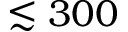
\lesssim 3 0 0